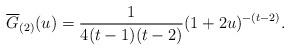
LaTeX: \begin{align*} \overline{G}_{(2)}(u)=\frac{1}{4(t-1)(t-2)}(1+2u)^{-(t-2)}. \end{align*}